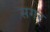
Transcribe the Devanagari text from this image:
सगर्